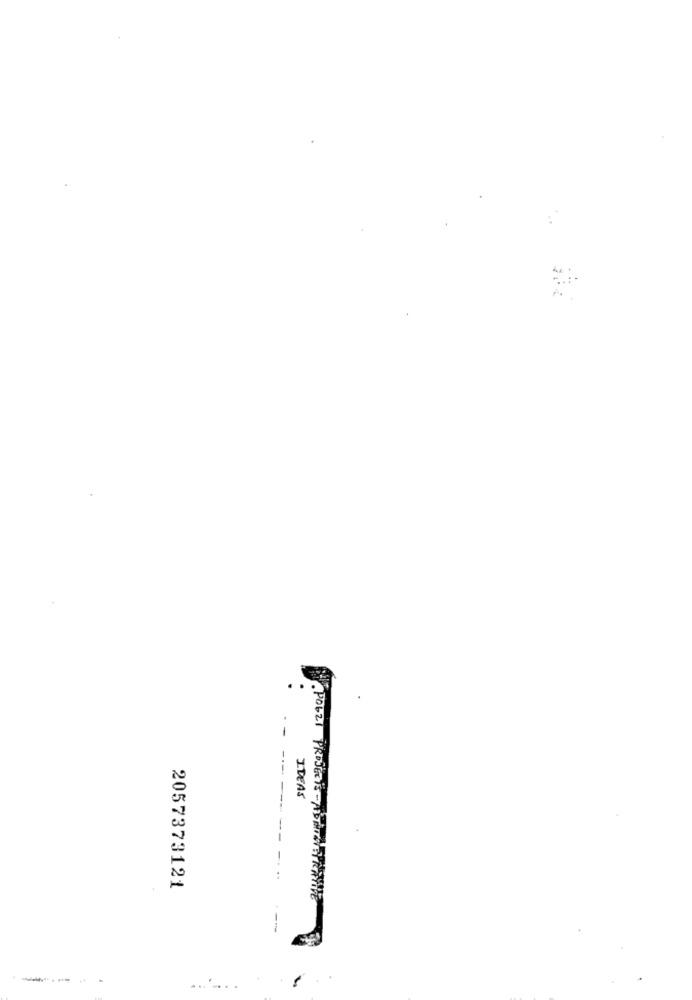
IDEAS
2057373121
. POLZI PROJECTS ABRICSPRAWIE
-----